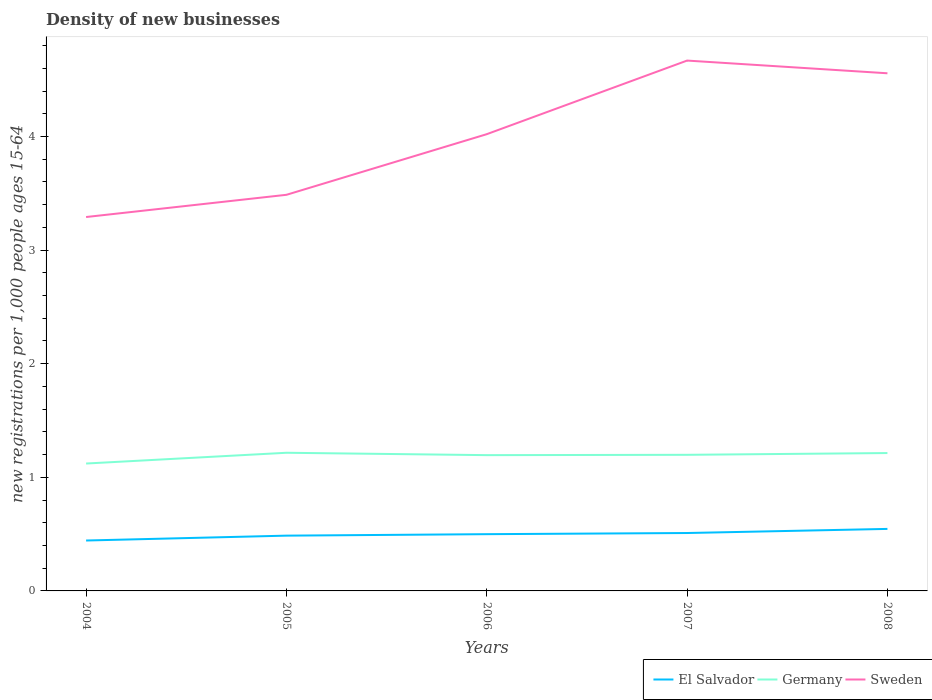
| Years | El Salvador | Germany | Sweden |
 | --- | --- | --- | --- |
 | 2004 | 0.444 | 1.12 | 3.29 |
 | 2005 | 0.487 | 1.22 | 3.49 |
 | 2006 | 0.5 | 1.2 | 4.02 |
 | 2007 | 0.51 | 1.2 | 4.67 |
 | 2008 | 0.546 | 1.21 | 4.56 |